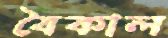
বৈকাল